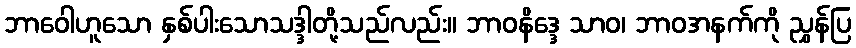
ဘာဝေါဟူသော နှစ်ပါးသောသဒ္ဒါတို့သည်လည်း။ ဘာဝနိဒ္ဒေ သာဝ၊ ဘာဝအနက်ကို ညွှန်ပြ